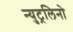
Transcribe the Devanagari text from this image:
न्युट्रलिनो